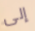
إلى